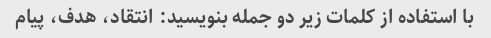
با استفاده از کلمات زیر دو جمله بنویسید: انتقاد، هدف، پیام